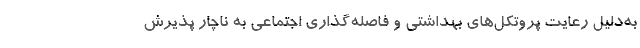
به‌دلیل رعایت پروتکل‌های بهداشتی و فاصله‌گذاری اجتماعی به ناچار پذیرش